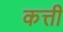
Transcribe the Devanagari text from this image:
कत्ती